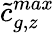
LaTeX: \tilde{c}_{g,z}^{max}